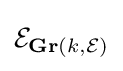
{\mathcal {E}}_{\mathbf {Gr} (k,{\mathcal {E}})}